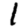
Digit: 1